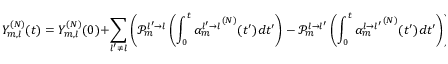
Y _ { m , l } ^ { ( N ) } ( t ) = Y _ { m , l } ^ { ( N ) } ( 0 ) + \sum _ { l ^ { \prime } \neq l } \left( \mathcal { P } _ { m } ^ { l ^ { \prime } \rightarrow l } \left( \int _ { 0 } ^ { t } { \alpha _ { m } ^ { l ^ { \prime } \rightarrow l } } ^ { ( N ) } ( t ^ { \prime } ) d t ^ { \prime } \right) - \mathcal { P } _ { m } ^ { l \rightarrow l ^ { \prime } } \left( \int _ { 0 } ^ { t } { \alpha _ { m } ^ { l \rightarrow l ^ { \prime } } } ^ { ( N ) } ( t ^ { \prime } ) d t ^ { \prime } \right) \right)